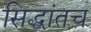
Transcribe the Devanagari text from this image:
सिद्धांतच